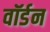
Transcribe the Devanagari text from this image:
वॉर्डन